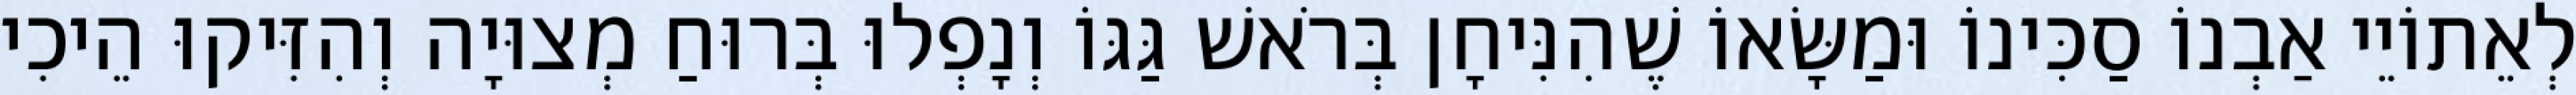
לְאֵתוֹיֵי אַבְנוֹ סַכִּינוֹ וּמַשָּׂאוֹ שֶׁהִנִּיחָן בְּרֹאשׁ גַּגּוֹ וְנָפְלוּ בְּרוּחַ מְצוּיָה וְהִזִּיקוּ הֵיכִי